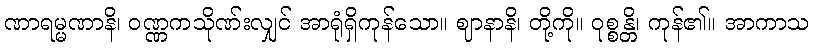
ဏာရမ္မဏာနိ၊ ဝဏ္ဏကသိုဏ်းလျှင် အာရုံရှိကုန်သော။ ဈာနာနိ၊ တို့ကို။ ဝုစ္စန္တိ၊ ကုန်၏။ အာကာသ